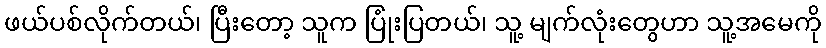
ဖယ်ပစ်လိုက်တယ်၊ ပြီးတော့ သူက ပြုံးပြတယ်၊ သူ့ မျက်လုံးတွေဟာ သူ့အမေကို